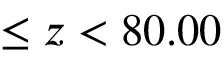
\leq z < 8 0 . 0 0